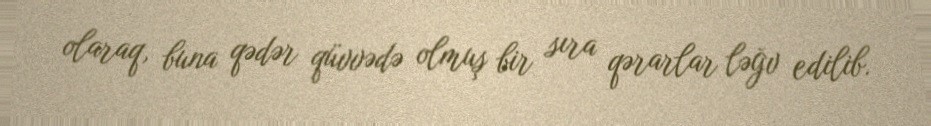
olaraq, buna qədər qüvvədə olmuş bir sıra qərarlar ləğv edilib.